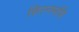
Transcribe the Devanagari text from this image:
शिस्नमणि